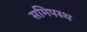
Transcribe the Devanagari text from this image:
समिपस्थ